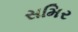
સમિર